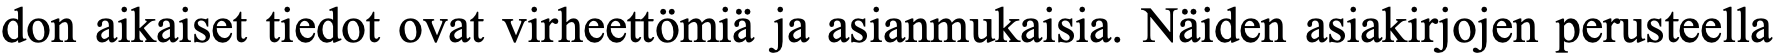
don aikaiset tiedot ovat virheettömiä ja asianmukaisia. Näiden asiakirjojen perusteella